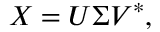
\boldsymbol { X } = \boldsymbol { U \Sigma V } ^ { * } ,